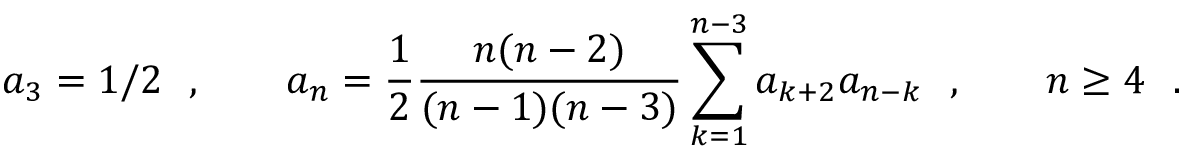
a _ { 3 } = 1 / 2 \ \ , \qquad a _ { n } = { \frac { 1 } { 2 } } { \frac { n ( n - 2 ) } { ( n - 1 ) ( n - 3 ) } } \sum _ { k = 1 } ^ { n - 3 } a _ { k + 2 } a _ { n - k } \ \ , \qquad n \ge 4 \ \ .